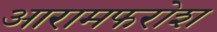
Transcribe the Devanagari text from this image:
आरामफरोश